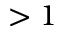
> 1